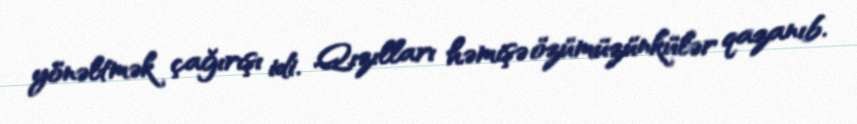
yönəltmək çağırışı idi. Qızılları həmişə özümüzünkülər qazanıb.